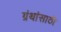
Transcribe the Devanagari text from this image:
ग्रंथांसाठी